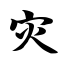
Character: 灾